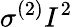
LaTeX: \sigma^{(2)}I^{2}